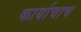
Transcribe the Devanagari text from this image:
कार्याचाच